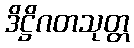
ဒိဋ္ဌိဂတသုတ္တ